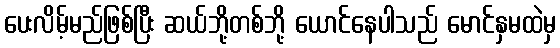
ပေးလိမ့်မည်ဖြစ်ပြီး ဆယ်ဘို့တစ်ဘို့ ယောင်နေပါသည် မောင်နှမထဲမှ